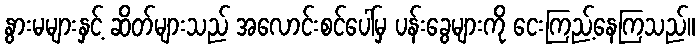
နွားမများနှင့် ဆိတ်များသည် အလောင်းစင်ပေါ်မှ ပန်းခွေများကို ငေးကြည့်နေကြသည်။